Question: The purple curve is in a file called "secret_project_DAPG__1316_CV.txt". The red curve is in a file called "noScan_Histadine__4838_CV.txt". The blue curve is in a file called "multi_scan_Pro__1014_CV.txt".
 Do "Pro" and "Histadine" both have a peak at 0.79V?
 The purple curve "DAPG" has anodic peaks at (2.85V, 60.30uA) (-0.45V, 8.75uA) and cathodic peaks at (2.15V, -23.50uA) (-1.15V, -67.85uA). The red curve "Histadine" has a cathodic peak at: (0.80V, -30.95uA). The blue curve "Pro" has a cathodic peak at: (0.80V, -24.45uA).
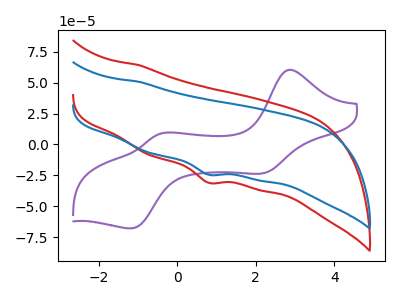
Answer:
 <answer>Yes, "Pro" and "Histadine" share a peak at 0.79V.</answer>
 <eval>match</eval>